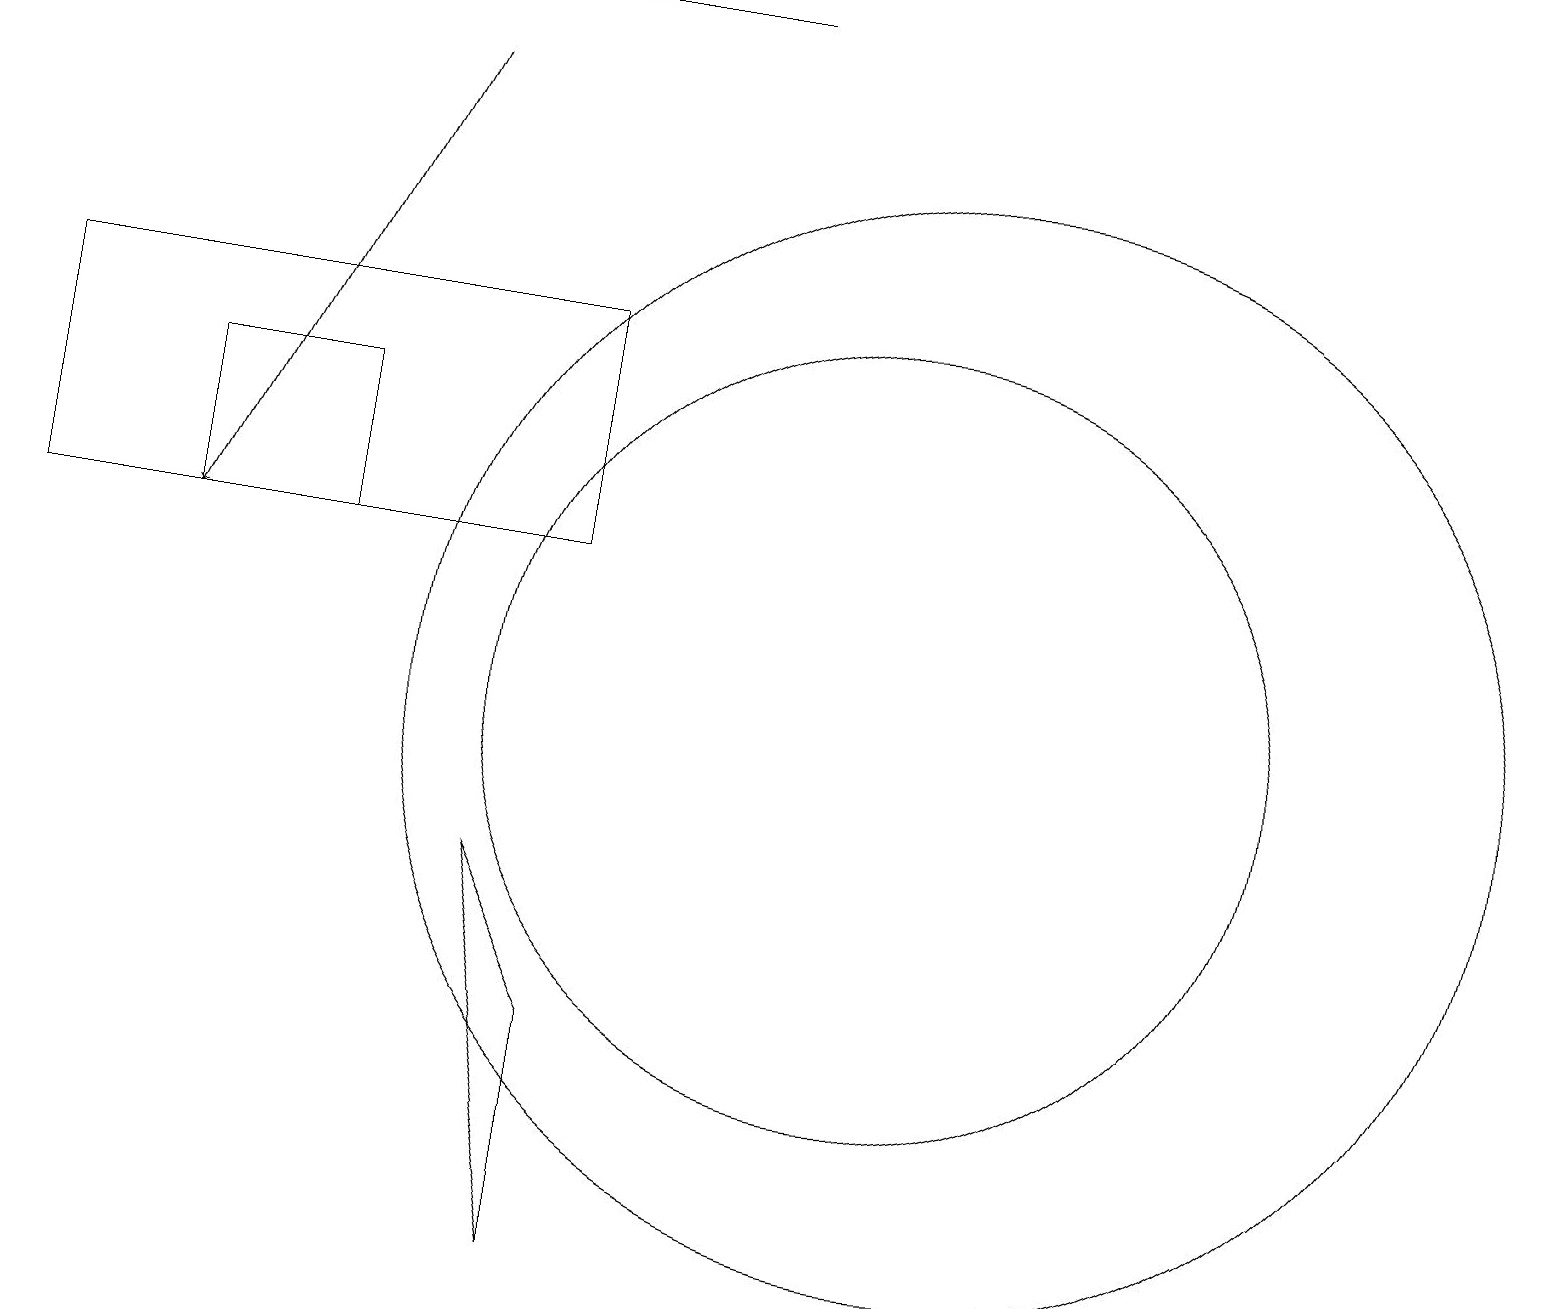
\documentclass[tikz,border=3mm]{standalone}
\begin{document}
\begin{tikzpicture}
\draw (11,10) circle (5);
\draw (4,12) rectangle (2,14);
\draw[->] (5,18) -- (2,12);
\draw (7,12) rectangle (0,15);
\draw (0,19) rectangle (9,19);
\draw (7,3) -- (6,8) -- (7,6) -- cycle;
\draw (12,10) circle (7);
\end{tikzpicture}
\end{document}